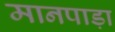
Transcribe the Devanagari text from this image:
मानपाड़ा